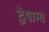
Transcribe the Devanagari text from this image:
द्वेषान्ध